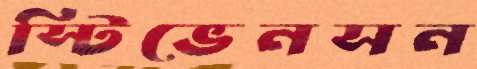
স্টিভেনসন